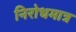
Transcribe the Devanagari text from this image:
निरोधमात्र